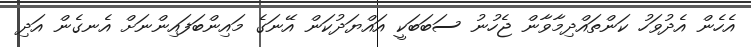
އެހެން އެދުވަހު ކަންތައްދިމާވާން ޖެހުނު ސަބަބަކީ އައްޔަދުކަން އޭނަގެ މައިންބަފައިންނަށް އެނގެން އަދި